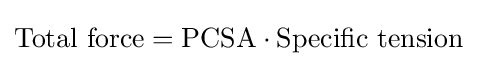
{\text{Total force}}={\text{PCSA}}\cdot {\text{Specific tension}}